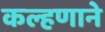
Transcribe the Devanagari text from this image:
कल्हणाने